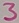
Text: 3